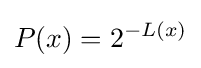
P(x)=2^{-L(x)}